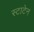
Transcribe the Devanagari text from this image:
स्टाटेन